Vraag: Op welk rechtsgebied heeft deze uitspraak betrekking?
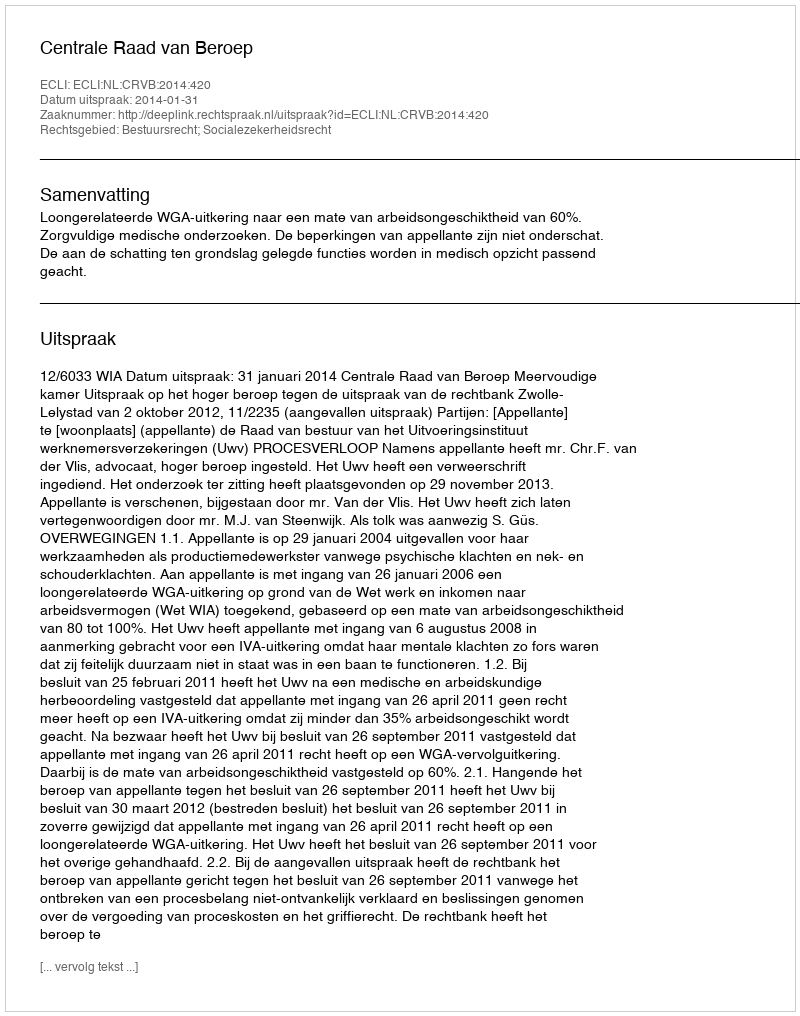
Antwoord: Bestuursrecht; Socialezekerheidsrecht